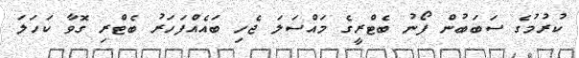
ކުރުމުގެ ސަބަބުން ފޯނު ބެޓްރީގެ މައްސަލަ ޖެހި ބައެއްފަހަރު ބެޓްރި ގޮވާ ކަހަލަ